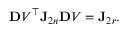
\ensuremath { \mathbf Ḋ V Ḍ } ^ { \top } \mathbf J _ { 2 n } \ensuremath { \mathbf Ḋ V Ḍ } = \mathbf J _ { 2 r } .